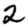
Digit: 2